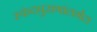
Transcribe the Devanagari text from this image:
स्कंदपुराणांतर्गत